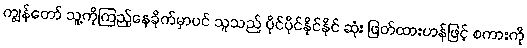
ကျွန်တော် သူ့ကိုကြည့်နေခိုက်မှာပင် သူသည် ပိုင်ပိုင်နိုင်နိုင် ဆုံး ဖြတ်ထားဟန်ဖြင့် စကားကို